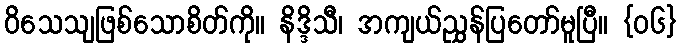
ဝိသေသျဖြစ်သောစိတ်ကို။ နိဒ္ဒိသီ၊ အကျယ်ညွှန်ပြတော်မူပြီ။ {၀၆}